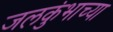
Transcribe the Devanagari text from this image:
जलकुंभाच्या